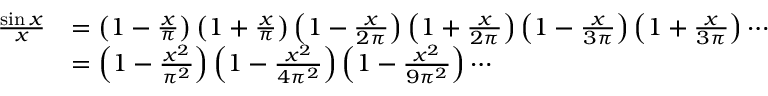
{ \begin{array} { r l } { { \frac { \sin x } { x } } } & { = \left( 1 - { \frac { x } { \pi } } \right) \left( 1 + { \frac { x } { \pi } } \right) \left( 1 - { \frac { x } { 2 \pi } } \right) \left( 1 + { \frac { x } { 2 \pi } } \right) \left( 1 - { \frac { x } { 3 \pi } } \right) \left( 1 + { \frac { x } { 3 \pi } } \right) \cdots } \\ & { = \left( 1 - { \frac { x ^ { 2 } } { \pi ^ { 2 } } } \right) \left( 1 - { \frac { x ^ { 2 } } { 4 \pi ^ { 2 } } } \right) \left( 1 - { \frac { x ^ { 2 } } { 9 \pi ^ { 2 } } } \right) \cdots } \end{array} }